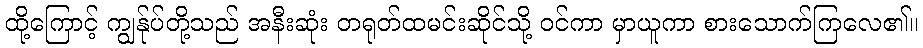
ထို့ကြောင့် ကျွန်ုပ်တို့သည် အနီးဆုံး တရုတ်ထမင်းဆိုင်သို့ ဝင်ကာ မှာယူကာ စားသောက်ကြလေ၏။